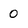
Character: 0